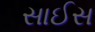
સાઈસ